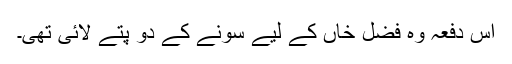
اس دفعہ وہ فضل خاں کے لیے سونے کے دو پتے لائی تھی۔